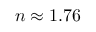
n \approx 1 . 7 6